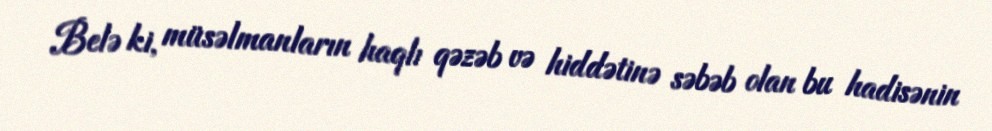
Belə ki, müsəlmanların haqlı qəzəb və hiddətinə səbəb olan bu hadisənin